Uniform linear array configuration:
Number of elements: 16
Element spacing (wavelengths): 0.75
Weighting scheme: uniform
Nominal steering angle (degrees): -45
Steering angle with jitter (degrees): -44.067
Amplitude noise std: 0.05
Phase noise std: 0.05

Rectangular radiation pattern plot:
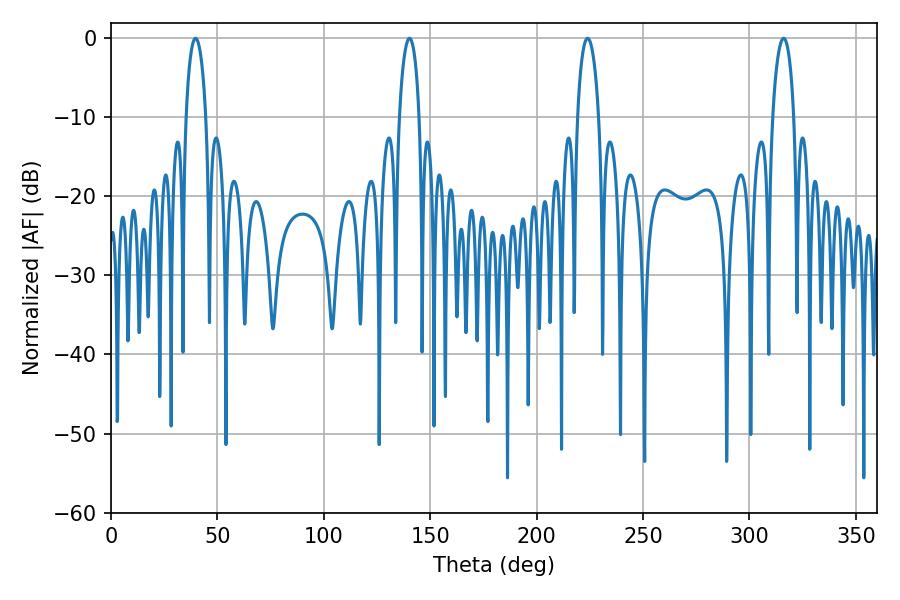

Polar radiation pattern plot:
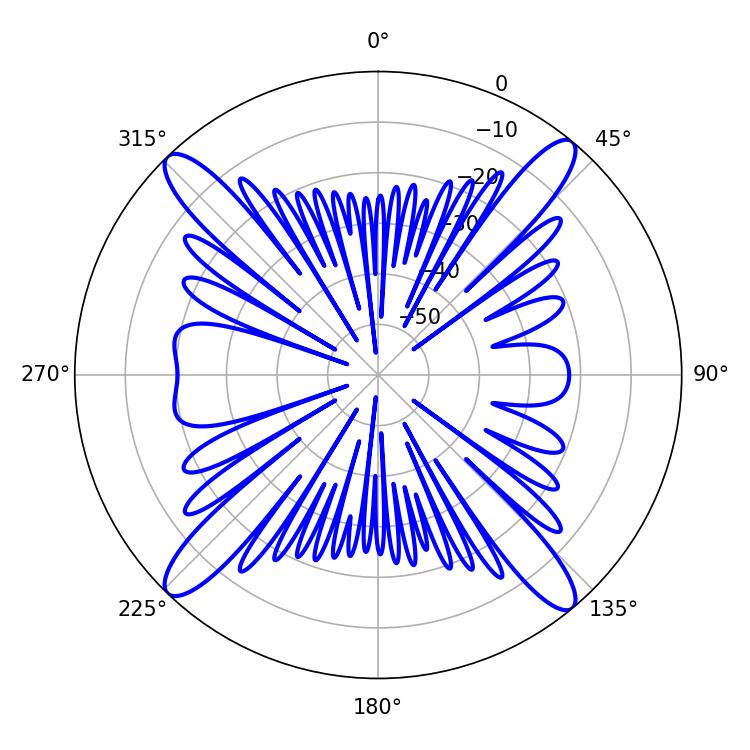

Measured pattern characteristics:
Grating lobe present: TRUE
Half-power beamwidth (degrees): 5.58
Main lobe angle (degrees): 223.92